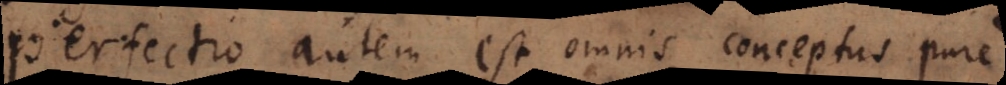
Perfectio autem est omnis conceptus pure